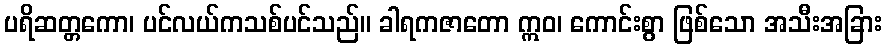
ပရိဆတ္တကော၊ ပင်လယ်ကသစ်ပင်သည်။ ခါရကဇာတော ဣဝ၊ ကောင်းစွာ ဖြစ်သော အသီးအခြား